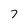
Character: 7